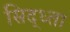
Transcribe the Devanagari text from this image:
सिद्ध्ता